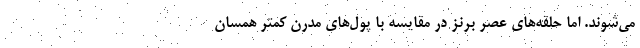
می‌شوند. اما حلقه‌های عصر برنز در مقایسه با پول‌های مدرن کمتر همسان